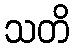
သတိ